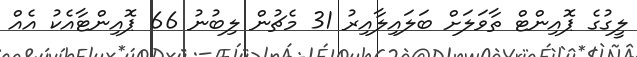
ލީގުގެ ޕޮއިންޓް ތާވަލަށް ބަލައިލާއިރު 31 މެޗުން ލިބުނު 66 ޕޮއިންޓާއެކު އެއް